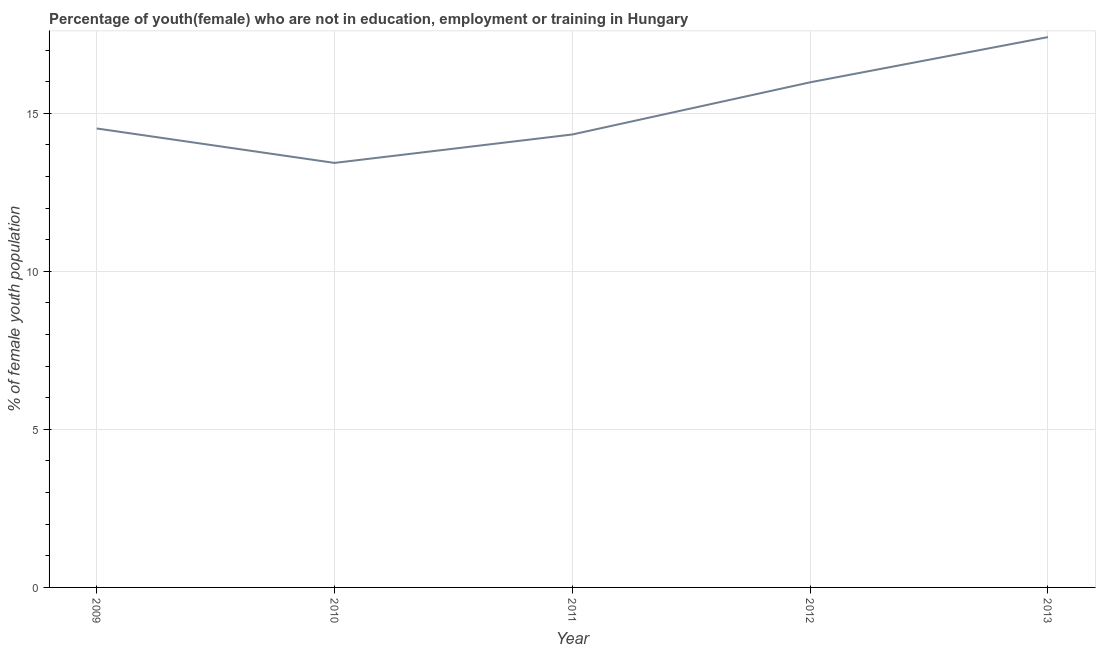
| Year | Unemployed(female) |
 | --- | --- |
 | 2009 | 14.5 |
 | 2010 | 13.4 |
 | 2011 | 14.3 |
 | 2012 | 16 |
 | 2013 | 17.4 |